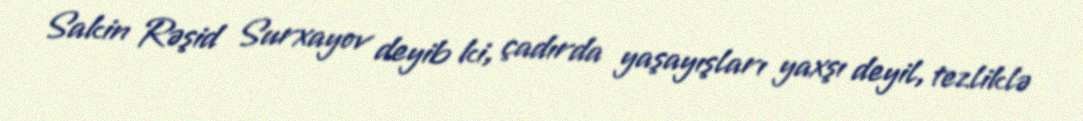
Sakin Rəşid Surxayov deyib ki, çadırda yaşayışları yaxşı deyil, tezliklə